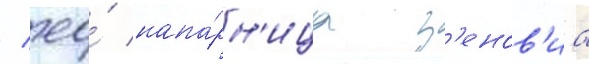
/ ео́ напа́рн'ица з'енов'иа